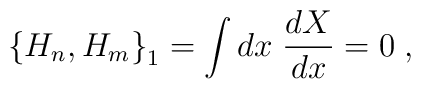
\left\{H_{n},H_{m}\right\}_{1} = \int dx\;\frac{dX}{dx} = 0\;,